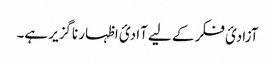
آزادیٔ فکر کے لیے آادیٔ اظہار ناگزیر ہے۔